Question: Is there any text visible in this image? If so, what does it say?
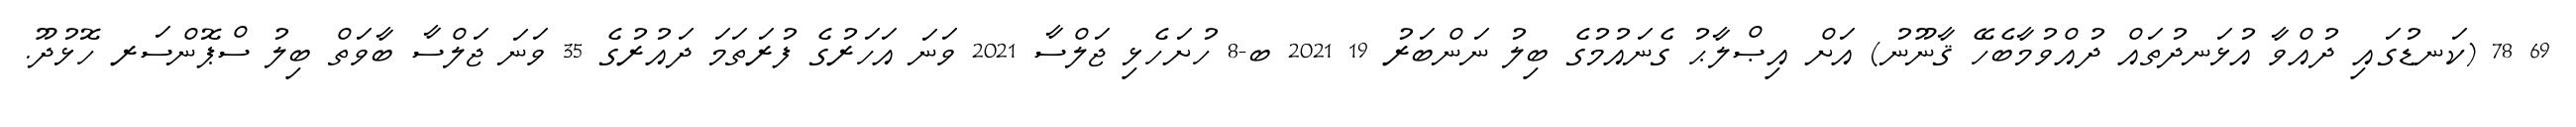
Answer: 69 78 (ކަނޑުގައި ދުއްވާ އުޅަނދުތައް ދުއްވުމާބެހޭ ޤާނޫނު) އަށް އިޞްލާޙު ގެނައުމުގެ ބިލު ނަންބަރު 19 2021 ބ-8 ހުށަހެޅި ޖަލްސާ 2021 ވަނަ އަހަރުގެ ފުރަތަމަ ދައުރުގެ 35 ވަނަ ޖަލްސާ ބާވަތް ބިލު ސްޕޮންސަރ ހޮޅުދޫ.